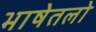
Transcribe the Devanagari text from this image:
भाषेतलो